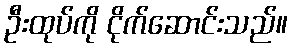
ဦးထုပ်ကို ငိုက်ဆောင်းသည်။